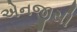
એનજીસી